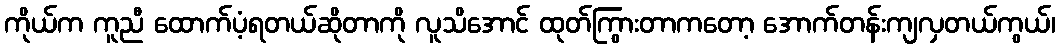
ကိုယ်က ကူညီ ထောက်ပံ့ရတယ်ဆိုတာကို လူသိအောင် ထုတ်ကြွားတာကတော့ အောက်တန်းကျလှတယ်ကွယ်၊